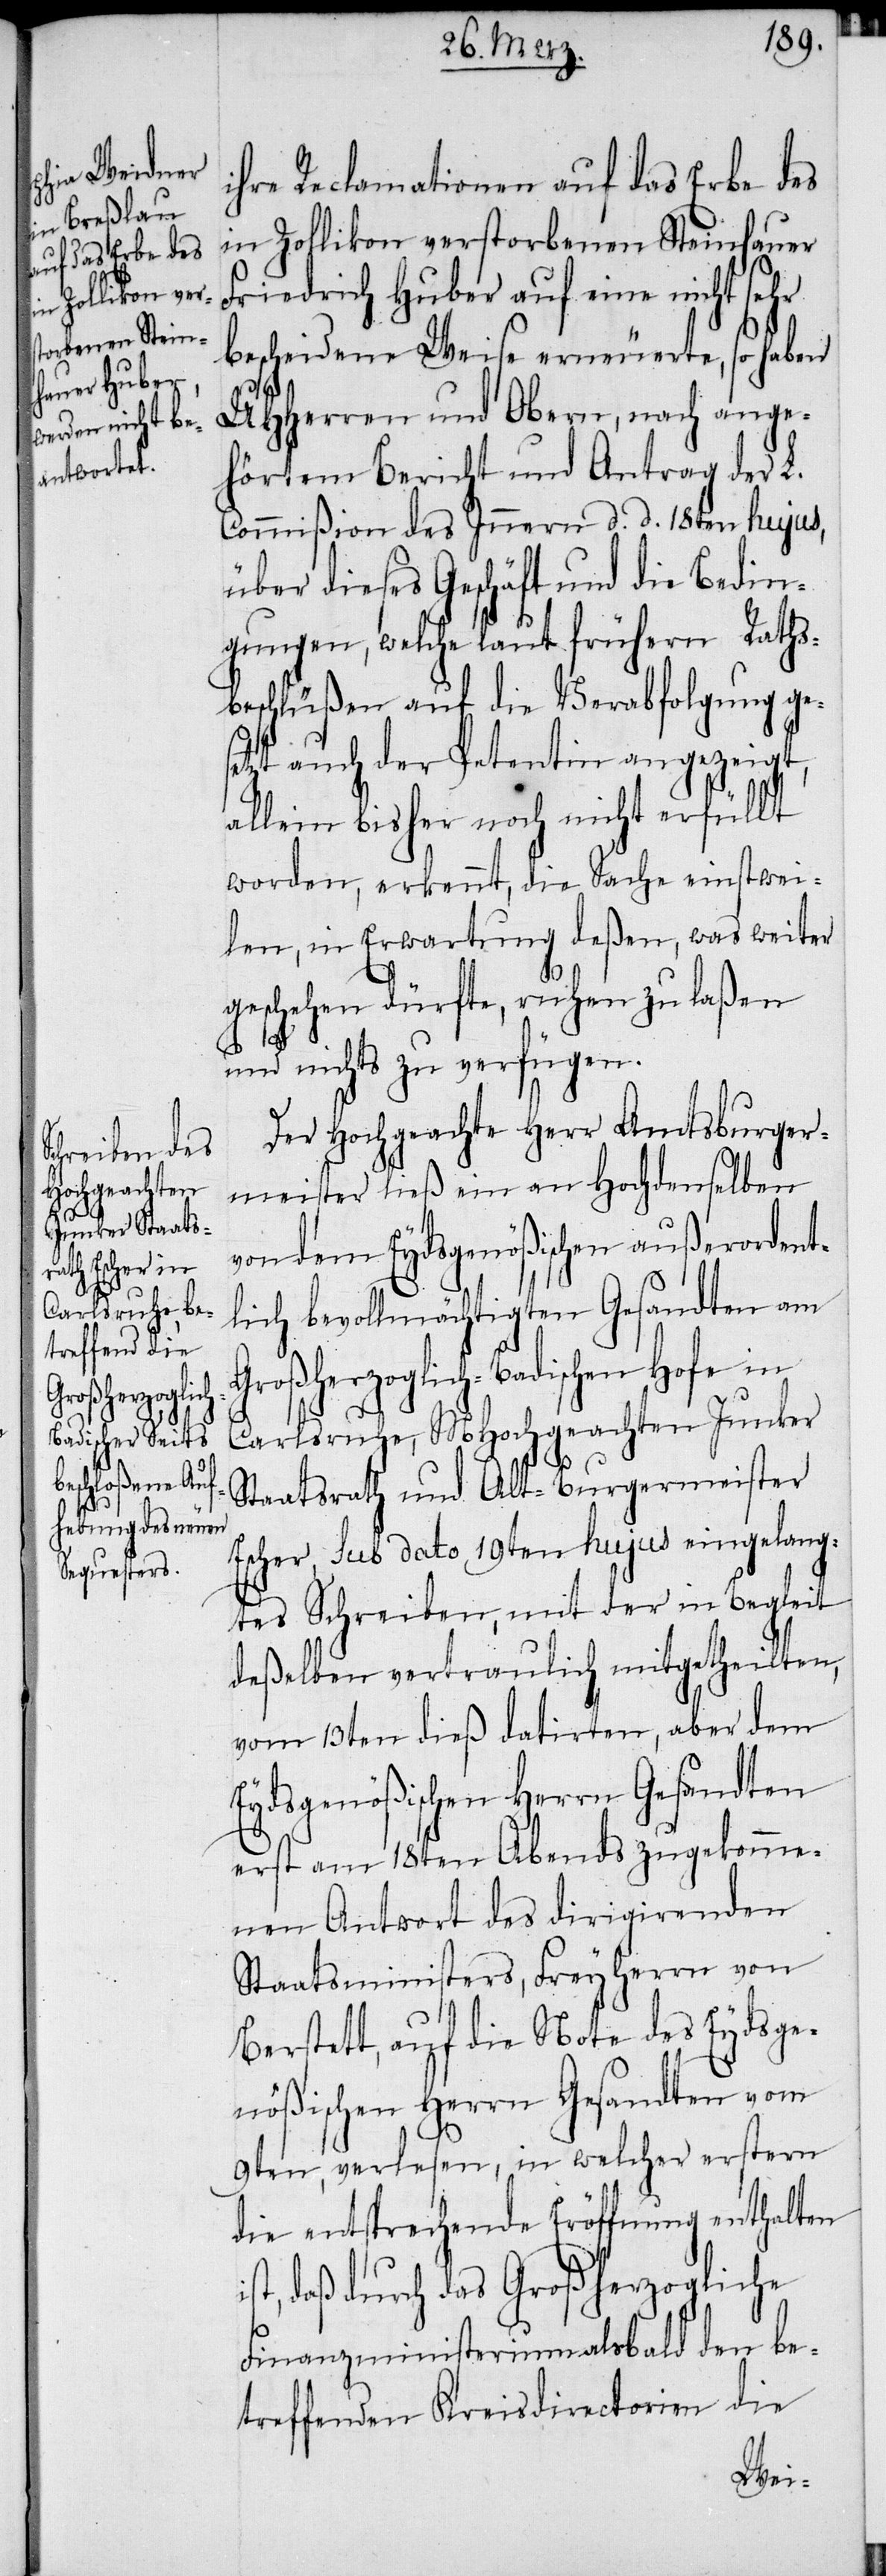
i¬

ihre Reclamationen auf das Erbe des
in Zollikon verstorbenen Steinhauer
Friedrich Huber auf eine nicht sehr
bescheidene Weise erneuerte, so haben
UHHerren und Obern, nach ange¬
hörtem Bericht und Antrag der L.
Commißion des Innern d. d. 18ten hujus,
über dieses Geschäft und die Bedin¬
gungen, welche laut frühern Raths¬
beschlüßen auf die Verabfolgung ges¬
etzt auch der Petentin angezeigt,
allein bisher noch nicht erfüllt
worden, erkennt, die Sache einstwei¬
len, in Erwartung deßen, was weiter
geschehen dürfte, ruhen zu laßen
und nichts zu verfügen.
Der Hochgeachte Herr Amtsburger¬
meister ließ ein an Hochdenselben
von dem Eydsgenößischen außerordent¬
lich bevollmächtigten Gesandten am
Großherzoglich-Badischen Hofe in
Carlsruhe, MHochgeachten Junker
Staatsrath und Alt-Burgermeister
Escher, sub dato 19ten hujus eingelang¬
tes Schreiben, mit der in Begleit
deßelben vertraulich mitgetheilten,
vom 13ten dieß datirten, aber dem
Eydsgenößischen Herrn Gesandten
erst am 18ten Abends zugekomme¬
nen Antwort des dirigirenden
Staatsministers, Freyherrn von
Berstett, auf die Note des Eydsge¬
nößischen Herrn Gesandten vom
9ten, verlesen, in welcher erstern
die entsprechende Eröffnung enthalten
st, daß durch das Großherzogliche
Finanzministerium alsbald den be¬
treffenden Kreisdirectorien die